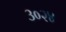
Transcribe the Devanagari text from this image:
३०२४